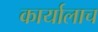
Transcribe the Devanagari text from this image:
कार्यालाच